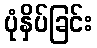
ပုံနှိပ်ခြင်း